Indian journal of veterinary science and animal husbandry - Volumes 15-17, 1948-1951
Year: 1948
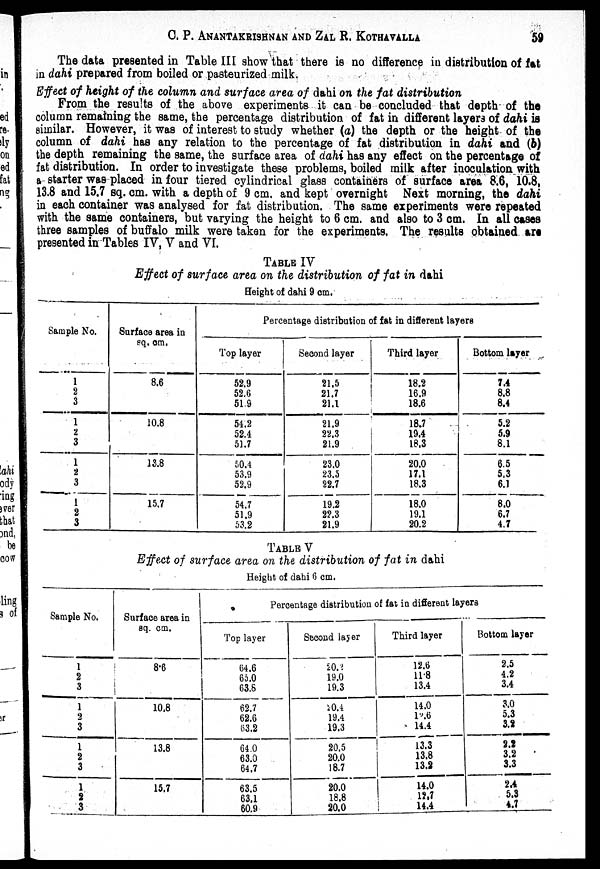
C. P. ANANTAKRISHNAN AND ZAL R.
KOTHAVALLA
59
The data presented in Table III show that there is no difference in distribution of fat
in dahi prepared from boiled or pasteurized milk.
Effect of height of the column and surface area of dahi on the fat distribution
From the results of the above experiments it can be concluded that depth of the
column remaining the same, the percentage distribution of fat in different layers of dahi is
similar. However, it was of interest to study whether (a) the depth or the height of the
column of dahi has any relation to the percentage of fat distribution in dahi and (b)
the depth remaining the same, the surface area of dahi has any effect on the percentage of
fat distribution. In order to investigate these problems, boiled milk after inoculation with
a starter was placed in four tiered cylindrical glass containers of surface area 8.6, 10.8,
13.8 and 15.7 sq. cm. with a depth of 9 cm. and kept overnight Next morning, the dahi
in each container was analysed for fat distribution. The same experiments were repeated
with the same containers, but varying the height to 6 cm. and also to 3 cm. In all cases
three samples of buffalo milk were taken for the experiments. The results obtained are
presented in Tables IV, V and VI.
TABLE IV
Effect of surface area on the distribution of fat in dahi
Height of dahi 9 cm.
Sample No.
1
2
3
1
2
3
1
2
3
1
2
3
Surface area in
sq. cm.
8.6
10.8
13.8
15.7
Percentage distribution of fat in different layers
Top layer
52.9
52.6
51.9
54.2
52.4
51.7
50.4
53.9
52.9
54.7
51.9
53.2
Second layer
21.5
21.7
21.1
21.9
22.3
21.9
23.0
23.5
22.7
19.2
22.3
21.9
Third layer
18.2
16.9
18.6
18.7
19.4
18.3
20.0
17.1
18.3
18.0
19.1
20.2
Bottom layer
7.4
8.8
8.4
5.2
5.9
8.1
6.5
5.3
6.1
8.0
6.7
4.7
TABLE V
Effect of surface area on the distribution of fat in dahi
Height of dahi 6 cm.
Sample No.
1
2
3
1
2
3
1
2
3
1
2
3
Surface area in
sq. cm.
8.6
10.8
13.8
15.7
Percentage distribution of fat in different layers
Top layer
64.6
65.0
63.8
62.7
62.6
63.2
64.0
63.0
64.7
63.5
63.1
60.9
Second layer
20.2
19.0
19.3
20.4
19.4
19.3
20.5
20.0
18.7
20.0
18.8
20.0
Third layer
12.6
11.8
13.4
14.0
12.6
14.4
13.3
13.8
13.3
14.0
12.7
14.4
Bottom layer
2.5
4.2
3.4
3.0
5.3
3.2
2.2
3.2
3.3
2.4
5.3
4.7